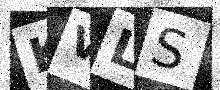
Text: KVLS